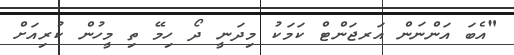
"އެބަ އަންނަން އަރޖަންޓް ކަމަކު މިދަނީ ދޯ ހިމޭ ތި މީހުން ކުރިއަށް